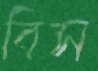
বিস